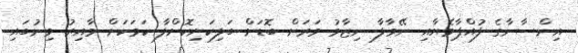
އިންސާނާގެ ފުއްޕާމެޔާއި ނޭވާލާ ނިޒާމު ވަރަށް ބޮޑަށް ބަލިކަށިކޮށްލާ ކަމަކަށް ވާއިރު މިނުބައި